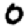
Digit: 0